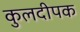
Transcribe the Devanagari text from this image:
कुलदीपक